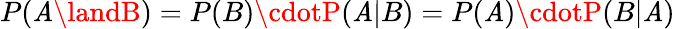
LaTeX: P(\mathit{A}\landB)=P(B)\cdotP(\mathit{A}|B)=P(\mathit{A})\cdotP(B|\mathit{A})